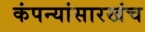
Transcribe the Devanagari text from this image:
कंपन्यांसारखंच